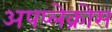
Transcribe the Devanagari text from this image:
अपप्लेक्रोस